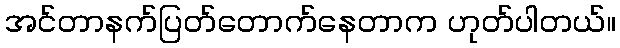
အင်တာနက်ပြတ်တောက်နေတာက ဟုတ်ပါတယ်။